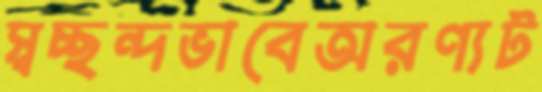
স্বচ্ছন্দভাবেঅরণ্যট